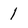
Character: 1